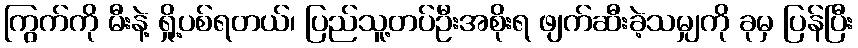
ကြွက်ကို မီးနဲ့ ရှို့ပစ်ရတယ်၊ ပြည်သူ့တပ်ဦးအစိုးရ ဖျက်ဆီးခဲ့သမျှကို ခုမှ ပြန်ပြီး